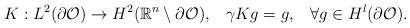
LaTeX: \begin{align*}K:L^2(\partial\mathcal{O})\to H^2(\mathbb{R}^n\setminus\partial\mathcal{O}),\;\;\; \gamma Kg=g,\;\;\; \forall g\in H^l(\partial\mathcal{O}).\end{align*}